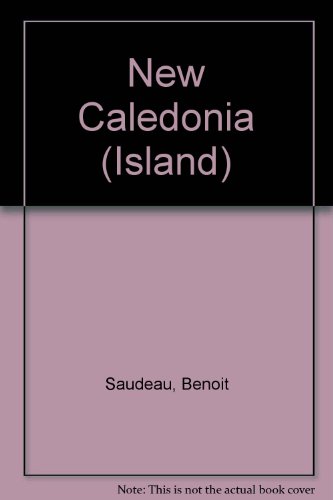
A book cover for New Caledonia (Island); Benoit Saudeau; Travel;